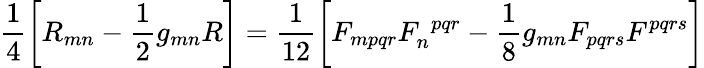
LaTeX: \frac{1}{4}\left[R_{mn}-\frac{1}{2}g_{mn}R\right]=\frac{1}{12}\left[F_{mpqr}F_{n}^{~~pqr}-\frac{1}{8}g_{mn}F_{pqrs}F^{pqrs}\right]